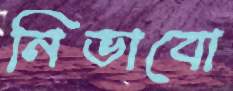
নিভাবো